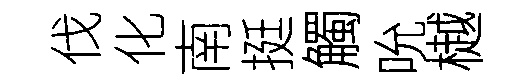
伐化南挺觸吮樾